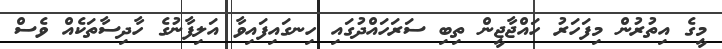
މީގެ އިތުރުން މިފަހަރު ހައްޖާޖީން ތިބި ސަރަހައްދުގައި ހިނގައިފައިވާ އަލިފާނުގެ ހާދިސާތަކެއް ވެސް